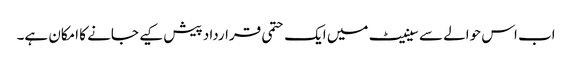
اب اس حوالے سے سینیٹ میں ایک حتمی قرارداد پیش کیے جانے کا امکان ہے۔